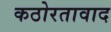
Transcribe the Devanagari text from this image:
कठोरतावाद